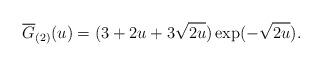
LaTeX: \begin{align*} \overline{G}_{(2)}(u)=(3+2u+3\sqrt{2u})\exp(-\sqrt{2u}). \end{align*}